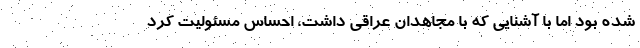
شده بود اما با آشنایی که با مجاهدان عراقی داشت، احساس مسئولیت کرد